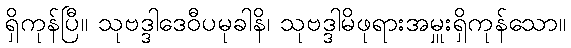
ရှိကုန်ပြီ။ သုဗဒ္ဒါဒေဝီပမုခါနိ၊ သုဗဒ္ဒါမိဖုရားအမှူးရှိကုန်သော။